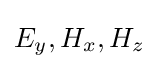
E_{y},H_{x},H_{z}